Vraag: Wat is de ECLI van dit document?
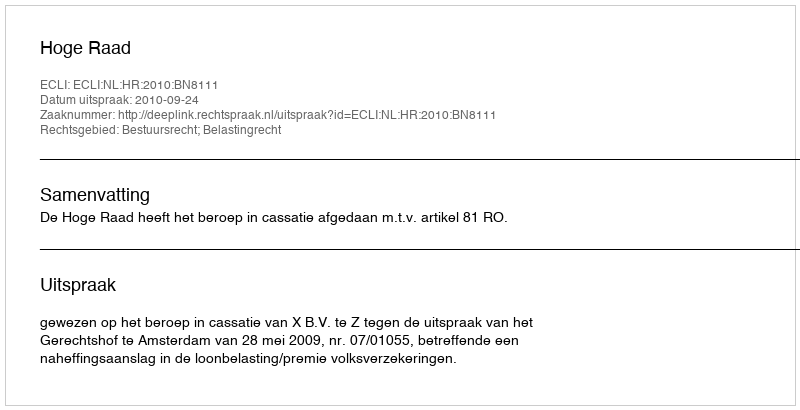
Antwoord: ECLI:NL:HR:2010:BN8111